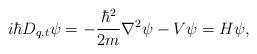
LaTeX: \begin{align*}i\hbar D_{q,t}\psi=-\frac{\hbar^{2}}{2m}\nabla^{2}\psi-V\psi=H\psi,\end{align*}